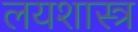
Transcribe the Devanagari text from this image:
लयशास्त्र